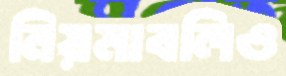
নিয়মাবলিও